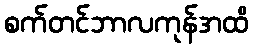
စက်တင်ဘာလကုန်အထိ